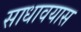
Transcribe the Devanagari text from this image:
साधावयास